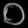
Digit: ၀